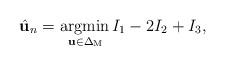
LaTeX: \begin{gather*}\hat{\mathbf{u}}_n=\underset{\mathbf{u} \in \mathrm{\Delta_M}}{\operatorname{argmin\,}}I_1 - 2I_2 + I_3,\end{gather*}